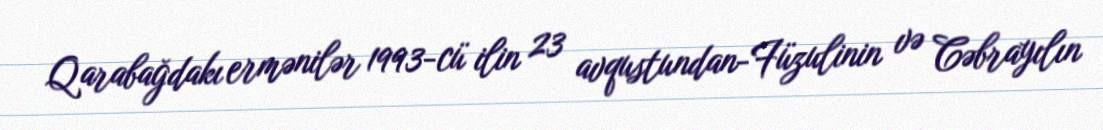
Qarabağdakı ermənilər 1993-cü ilin 23 avqustundan-Füzulinin və Cəbrayılın